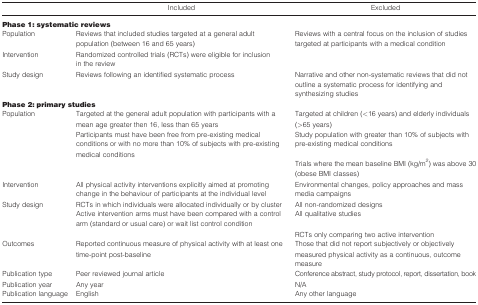
|  | Included | Excluded |
 | --- | --- | --- |
 | <COLSPAN=3> Phase 1: systematic reviews |
 | Population | Reviews that included studies targeted at a general adult population (between 16 and 65 years) | Reviews with a central focus on the inclusion of studies targeted at participants with a medical condition |
 | Intervention | Randomized controlled trials (RCTs) were eligible for inclusion in the review |  |
 | Study design | Reviews following an identified systematic process | Narrative and other non‐systematic reviews that did not outline a systematic process for identifying and synthesizing studies |
 | <COLSPAN=3> Phase 2: primary studies |
 | Population | Targeted at the general adult population with participants with a mean age greater then 16, less than 65 years | Targeted at children (<16 years) and elderly individuals (>65 years) |
 |  | Participants must have been free from pre‐existing medical conditions or with no more than 10% of subjects with pre‐existing medical conditions | Study population with greater than 10% of subjects with pre‐existing medical conditions |
 |  |  | Trials where the mean baseline BMI (kg/m2) was above 30 (obese BMI classes) |
 | Intervention | All physical activity interventions explicitly aimed at promoting change in the behaviour of participants at the individual level | Environmental changes, policy approaches and mass media campaigns |
 | Study design | RCTs in which individuals were allocated individually or by cluster | All non‐randomized designs |
 |  | Active intervention arms must have been compared with a control arm (standard or usual care) or wait list control condition | All qualitative studies |
 |  |  | RCTs only comparing two active intervention |
 | Outcomes | Reported continuous measure of physical activity with at least one time‐point post‐baseline | Those that did not report subjectively or objectively measured physical activity as a continuous, outcome measure |
 | Publication type | Peer reviewed journal article | Conference abstract, study protocol, report, dissertation, book |
 | Publication year | Any year | N/A |
 | Publication language | English | Any other language |